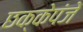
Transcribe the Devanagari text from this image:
छक्केपंजे